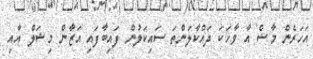
އަހަރެން މާޝް އާ ވާހަކަ ދައްކާލަންތަ ސައިކަލުން ފައިބާފައި އަޒާން މިޝަލް އާއި